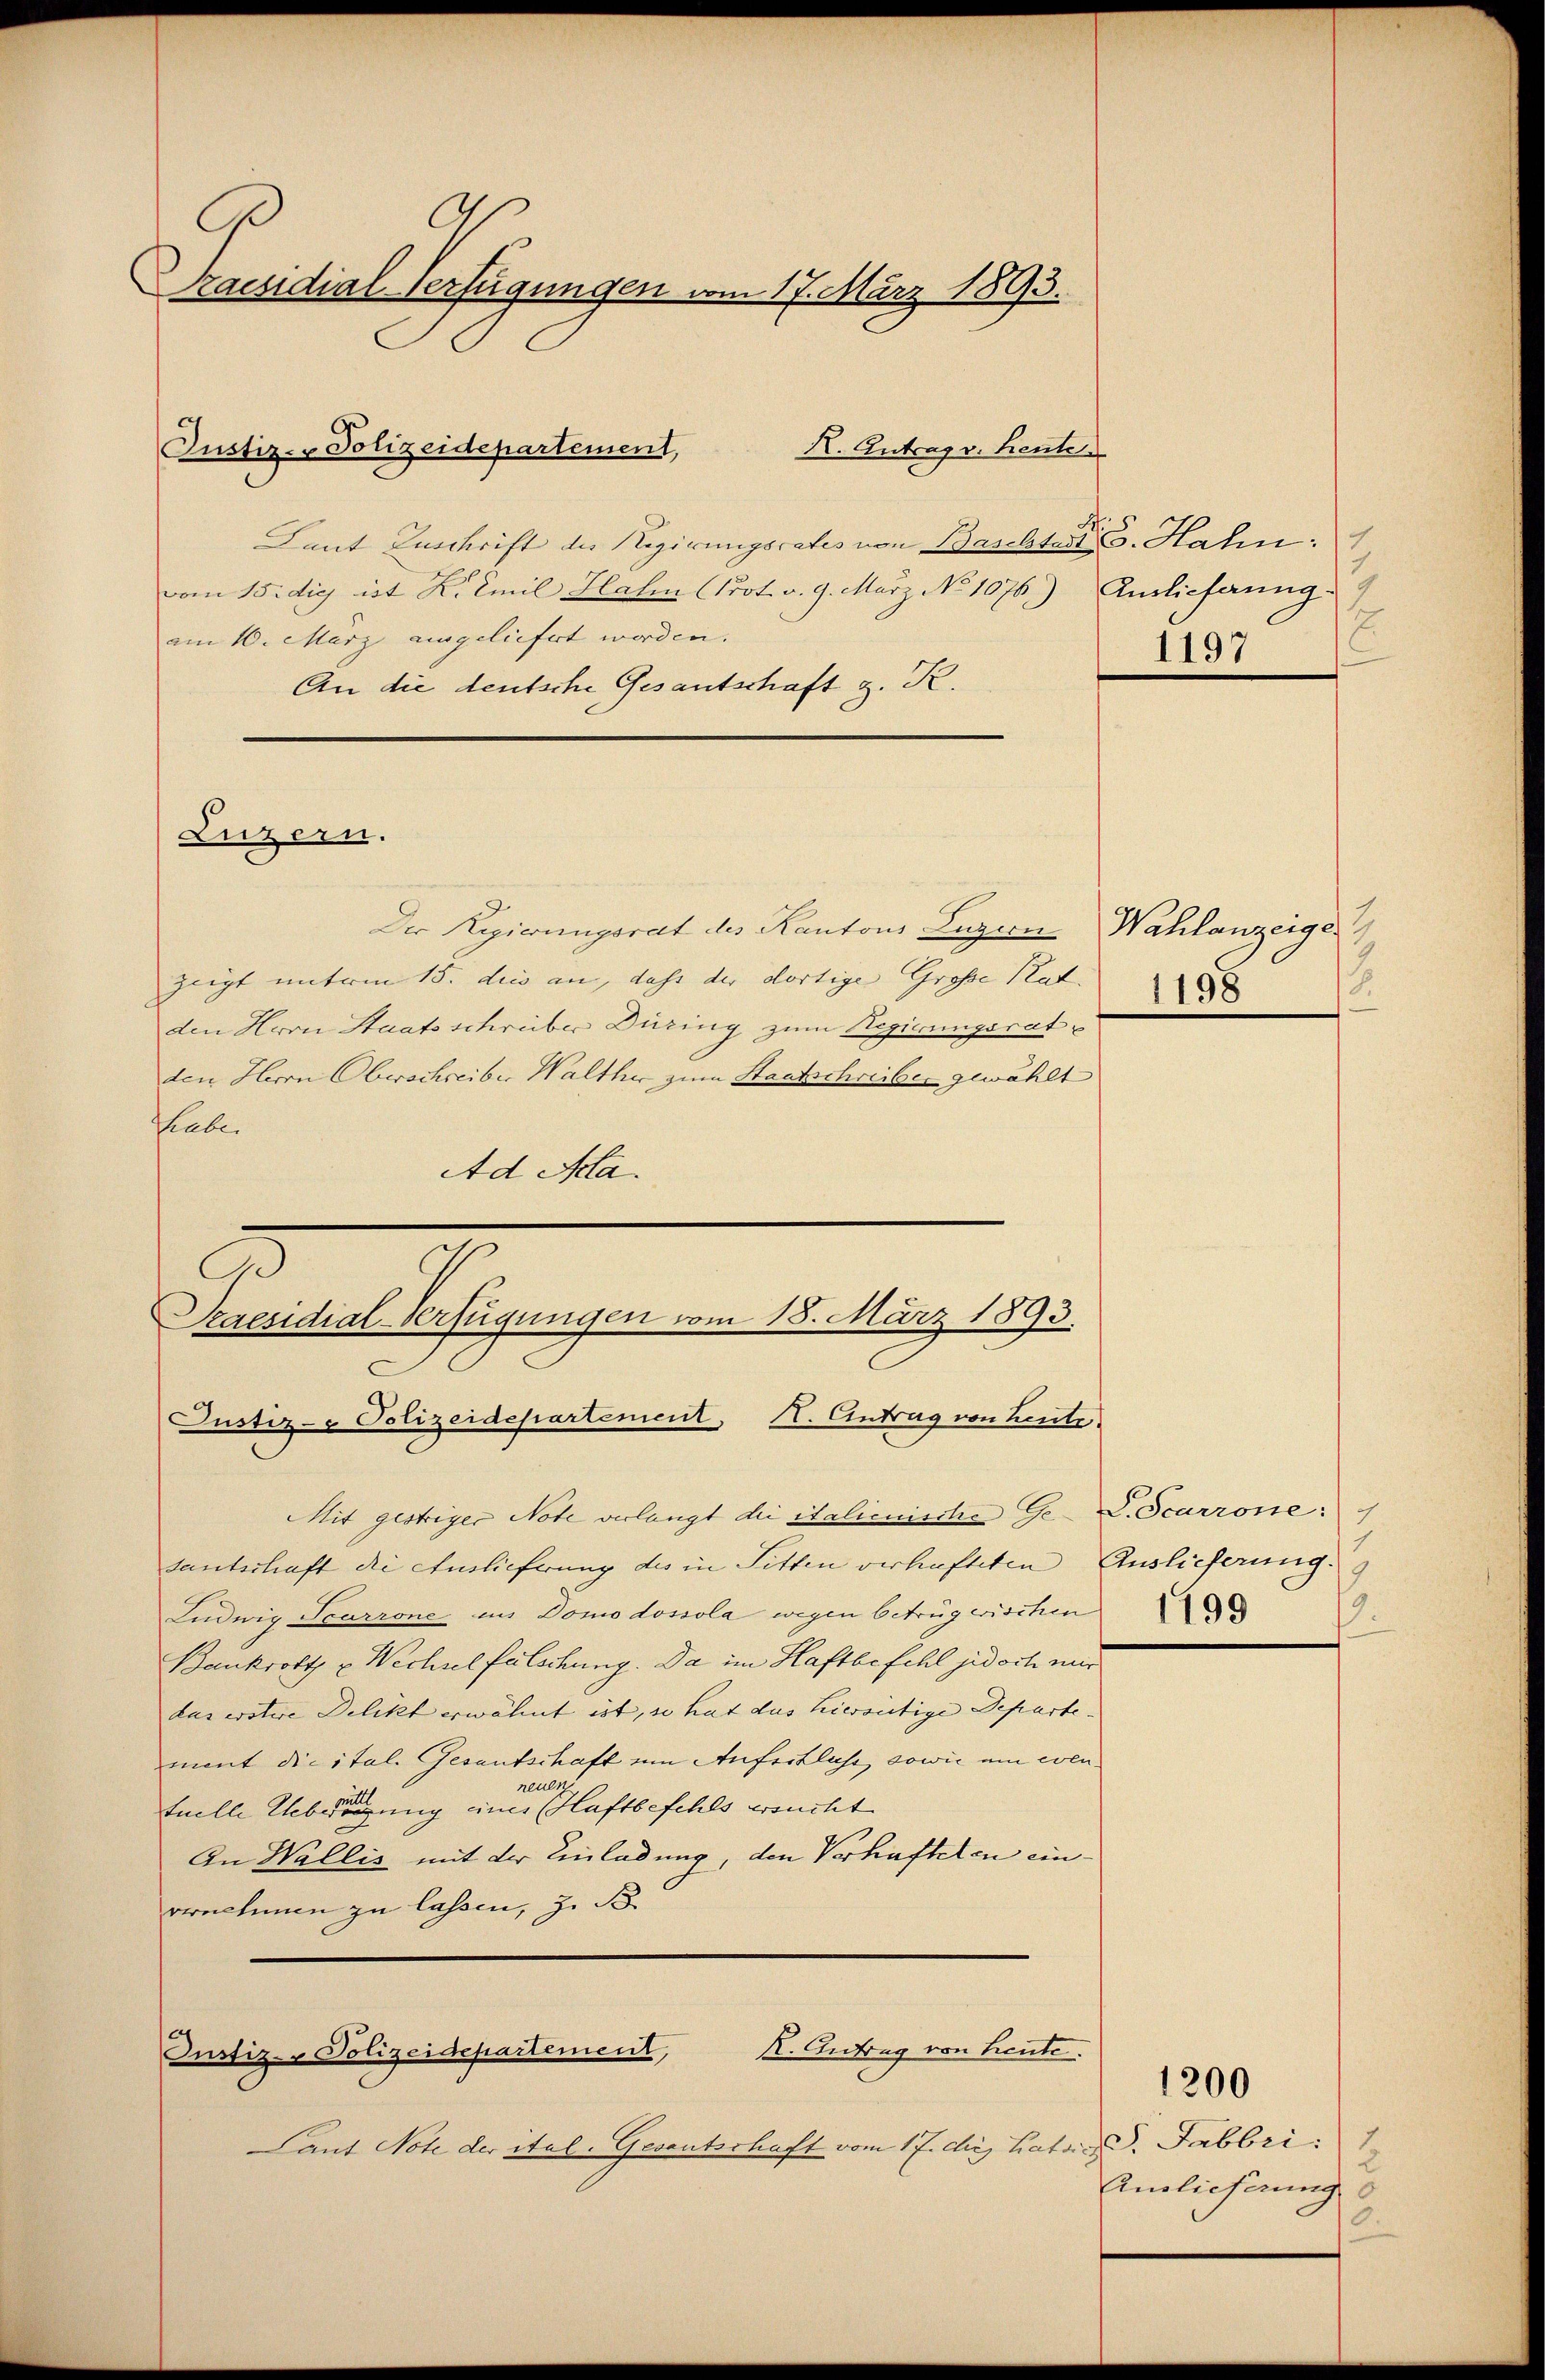
.
Praesidial-Verfügungen vom 17. März 1893.

K. Antrag v. heute
Laut Zuschrift der Regierungsrates von Bascht. Hahn:
vom 15. die ist K. Emil Hahn (Prot. v. 9. März No 1076.) Auslieferung
am 10. März eingeliefert werden. |
An die deutsche Gesantschaft z. K.

Justiz- & Polizeidepartement,

Luzern.

3
Scaesidial-Verfügungen vom 18. März 1893.
Justiz- & Polizeidepartement, I. Eintrag von Leute

Pant Note der ital. Gesantschaft vom 17. die hat d. Fabbri

Justiz- Polizeidepartement, K. Antrag von heute.

E
1197

Der Regierungsrat des Kantons Luzern Wahlanzeige
zeigt mitem 15. dies an, dass der dortige Große Rat.
den Horn Staatsschreiber Düring zum Regierungsrat
den Herrn Oberschreiber Walther zum Staatschreiber gewählt
haben
Ad Acta.

Mit gestriger Note verlangt die italienische Ge- L. Scarrone:
santschaft die Auslieferung des in Sitten verhafteten Auslieferung.
Ludwig Scarrone in Domodossola wegen betrug wischen
Bankrott u. Wechselfälschung. Da im Haftbefehl jedoch mir
das erstere Delikt erwähnt ist, so hat das hierseitige Departe- |
ment die ital. Gesantschaft um Anfertliche, sowie um evenreuen
tuelle Uebereinigung eines Haftbefehls ersucht
An Wallis mit der Einladung, den Verhafteten einvernehmen zu lassen, z. B.

.
1198

1199.

2
Auslieferung
0.

1200